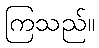
ကြသည်။